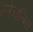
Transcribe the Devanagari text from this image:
ग्लेनलिथ